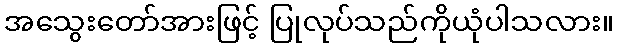
အသွေးတော်အားဖြင့် ပြုလုပ်သည်ကိုယုံပါသလား။